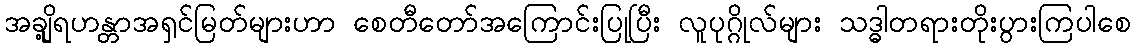
အချို့ရဟန္တာအရှင်မြတ်များဟာ စေတီတော်အကြောင်းပြုပြီး လူပုဂ္ဂိုလ်များ သဒ္ဓါတရားတိုးပွားကြပါစေ